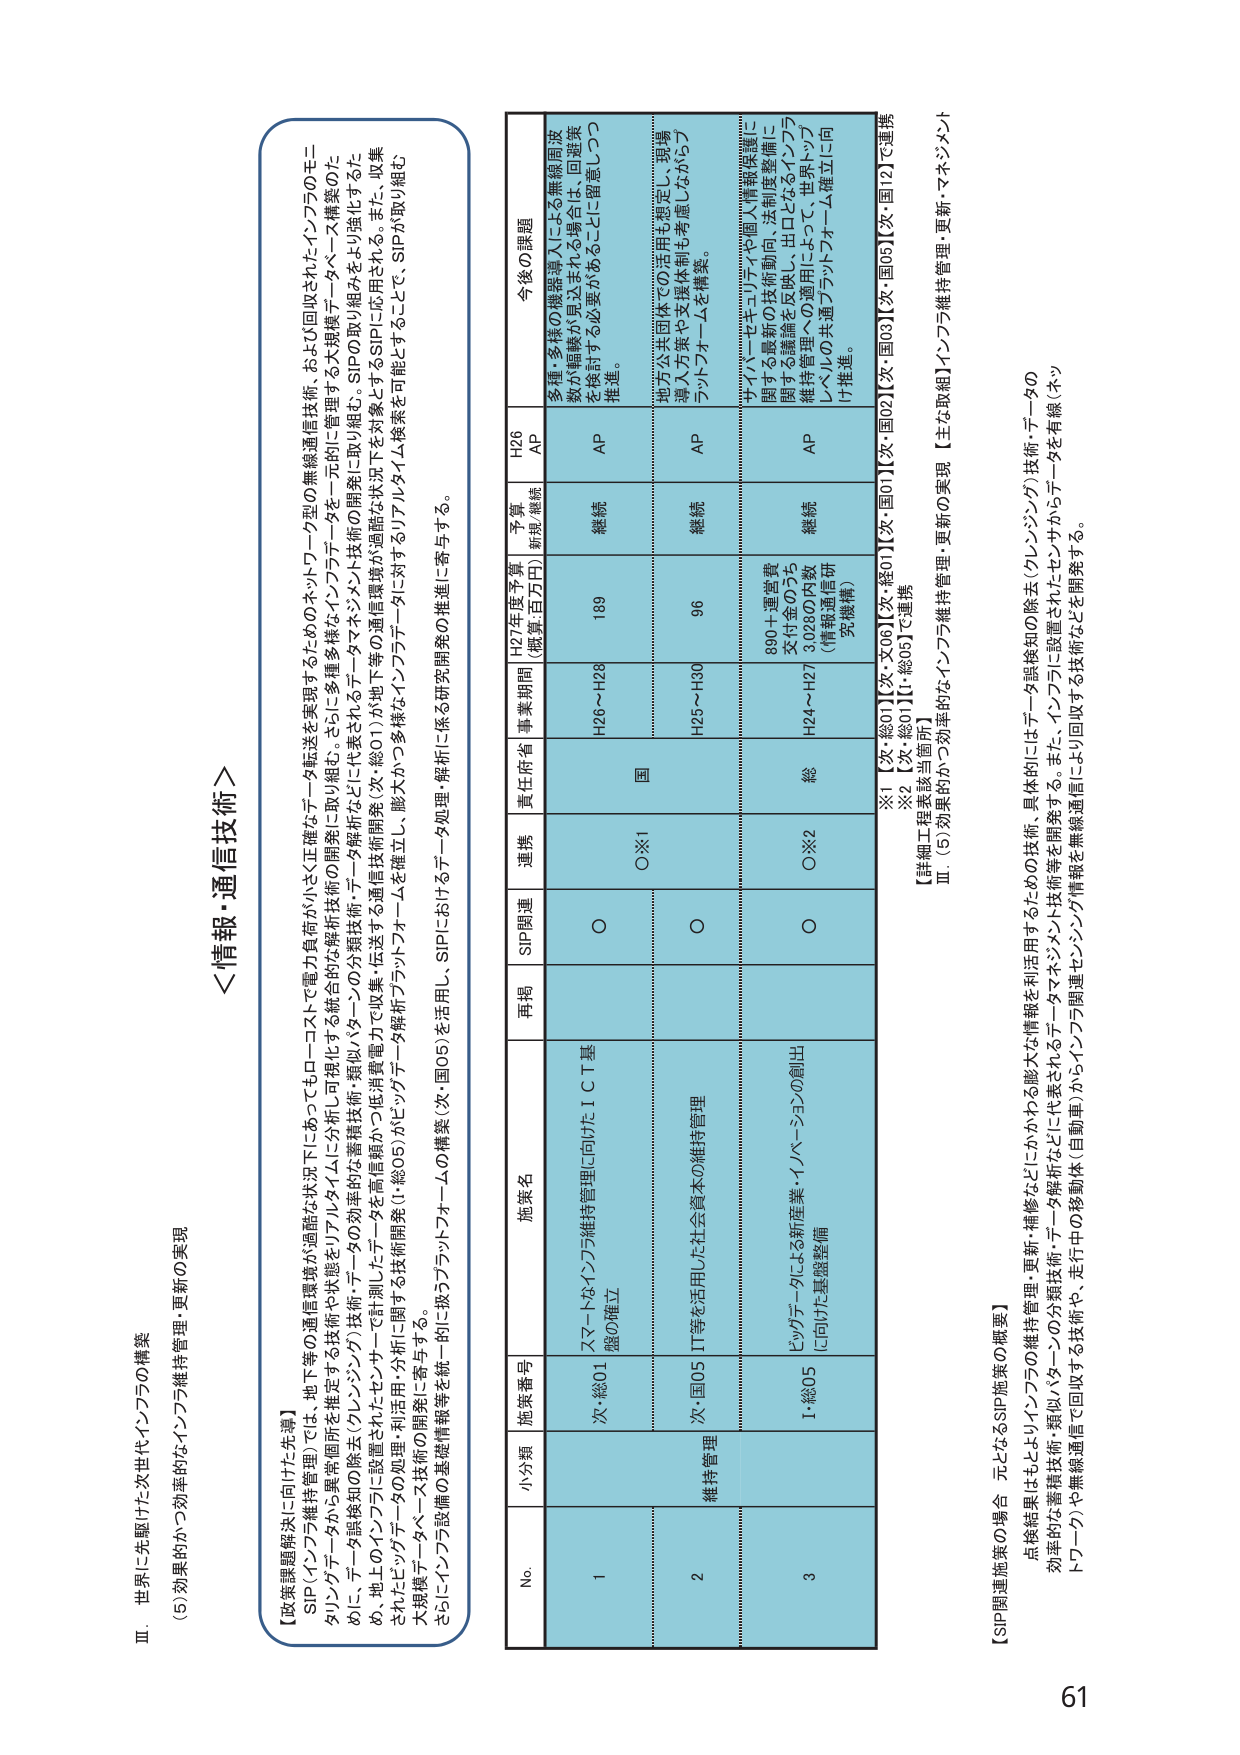
Ⅲ．世界に先駆けた次世代インフラの構築
(5) 効果的かつ効率的なインフラ維持管理・更新の実現

【政策課題解決に向けた先導】
SIP（インフラ維持管理）では、地下等の通信環境が過酷な状況下にあってもローロコストで電力負荷が小さく正確なデータ転送を実現するためのネットワーク型の無線通信技術、および回収されたインフラのモニタリングデータから異常個所を推定する技術や状態をリアルタイムに分析・可視化する統合的な解析技術の開発に取り組む。さらに、多種多様なインフラデータを一元的に管理する大規模データベース構築のため、地上のインフラに設置されたセンサーで計測したデータの効率的な蓄積技術・類似パターン分類技術・データ解析技術の開発に取り組む。SIPの取り組みをより強化するため、地上のインフラに設置されたセンサーで収集・伝送される通信技術開発（次・総01）が地下等の通信環境が過酷な状況下を対象とするSIPに応用される。また、収集されたビッグデータの処理・利用・分析に関する技術開発（I・総05）がビッグデータ解析プラットフォームを確立し、膨大かつ多様なインフラデータに対応するリアルタイム検索を可能とすることで、SIPが取り組む大規模データベース技術の開発に寄与する。
さらに、インフラ設備の基礎情報等を統一的に扱うプラットフォームの構築（次・国05）を活用し、SIPにおけるデータ処理・解析に係る研究開発の推進に寄与する。

＜情報・通信技術＞

No. 小分類 施策番号 施策名 再掲 SIP関連 連携 責任府省 事業期間 H27年度予算 （概算:百万円） 予算 新規/継続 H26 AP 今後の課題

1 次・総01 スマートなインフラ維持管理に向けたＩＣＴ基盤の確立 ○ ○※1 国 H26～H28 189 継続 AP 多種・多様の機器導入による無線周波数が輻輳が見込まれる場合は、回避策を検討する必要があることに留意しつつ推進。

2 次・国05 維持管理 IT等を活用した社会資本の維持管理 ○ ○※2 総 H25～H30 96 継続 AP 地方公共団体での活用も想定し、現場導入方策や支援体制も考慮しながらプラットフォームを構築。

3 I・総05 ビッグデータによる新産業・イノベーションの創出に向けた基礎整備 ○ ○※2 総 H24～H27 890＋運営費交付金のうち3,028の内数（情報通信研究機構） 継続 AP デバイスセキュリティや個人情報保護に関する厳密の技術動向、法制度整備に関する議論を反映し、出口となるインフラ維持管理への適用によって、世界トップレベルの共通プラットフォーム確立に向け推進。

※1 【次・総01】【次・X06】【次・総01】【次・国02】【次・国03】【次・国05】【次・国12】で連携
※2 【次・総01】【次・総05】で連携
【詳細工程表該当箇所】
Ⅲ．(5) 効果的かつ効率的なインフラ維持管理・更新の実現 【主な取組】インフラ維持管理・更新・マネジメント

【SIP関連施策の場合 元となるSIP施策の概要】
点検結果はもとよりインフラの維持管理・更新・補修などにいかかわる膨大な情報を利活用するための技術、具体的にはデータ誤検知の除去（クレンジング）技術・データの効率的な蓄積技術・類似パターン分類技術・データ解析などに代表されるデータマネジメント技術等を開発する。また、インフラに設置されたセンサからデータを有線（ネットワーク）や無線通信で回収する技術や、走行中の移動体（自動車）からインフラ関連センサに回収する技術などを開発する。

61